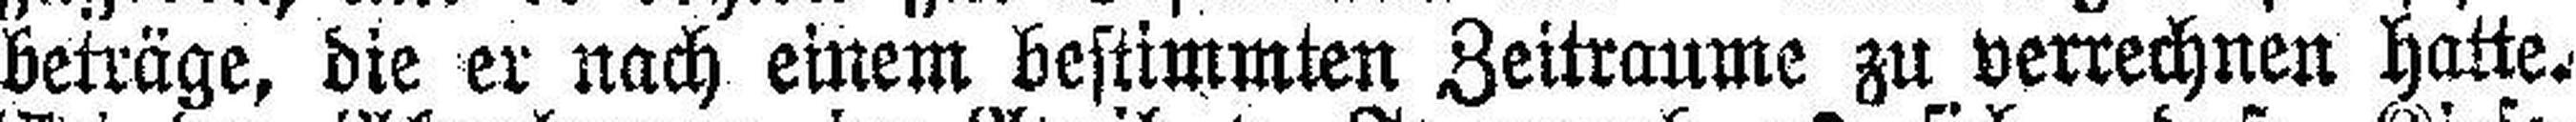
beträge, die er nach einem bestimmten Zeitraume zu verrechnen hatte.